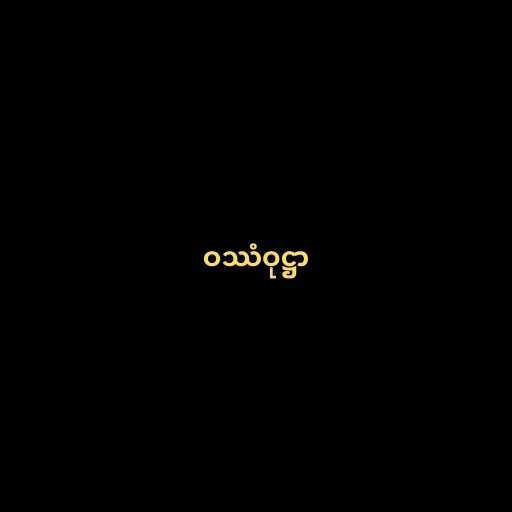
ဝဿံဝုဋ္ဌာ